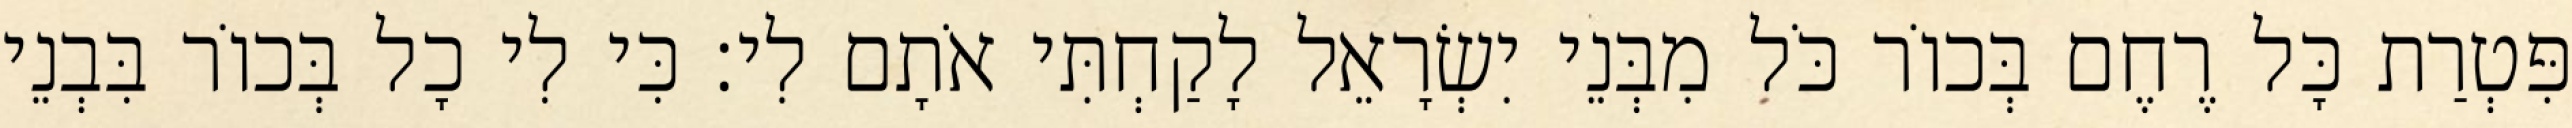
פִּטְרַת כָּל רֶחֶם בְּכוֹר כֹּל מִבְּנֵי יִשְׂרָאֵל לָקַחְתִּי אֹתָם לִי׃ כִּי לִי כָל בְּכוֹר בִּבְנֵי